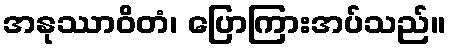
အနုဿာဝိတံ၊ ပြောကြားအပ်သည်။